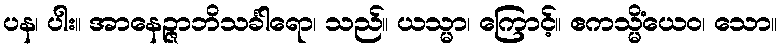
ပန၊ ပါး။ အာနေဉ္ဇာဘိသင်္ခါရော၊ သည်။ ယသ္မာ၊ ကြောင့်။ ဧကသ္မိံယေဝ၊ သော။